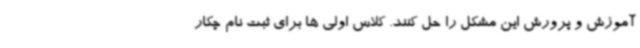
آموزش و پرورش این مشکل را حل کنند. کلاس اولی ها برای ثبت نام چکار